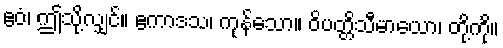
ဧဝံ၊ ဤသို့လျှင်။ ဧကာဒသ၊ ကုန်သော။ ဝိပတ္တိသီမာယော၊ တို့ကို။